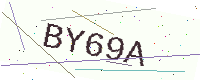
Text: BY69A